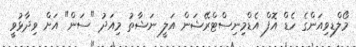
މޯލްޑިވިއަންގެ ހެޑް އޮފް އެޑްމިނިސްޓްރޭޝަން އަލީ ނަޝާތު މިއަދު "ސަން" އަށް ވިދާޅުވީ